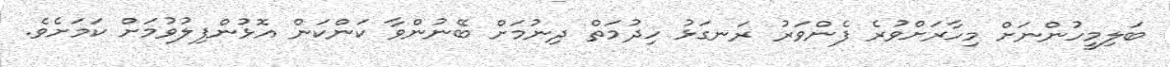
ބަލިމީހުންނަށް މިހާރަށްވުރެ ފެންވަރު ރަނގަޅު ހިދުމަތް ދިނުމަށް ބޭނުންވާ ކަންކަން އޮޅުންފިލުވުމަށް ކަމަށެވެ.